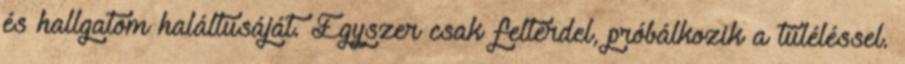
és hallgatom haláltusáját. Egyszer csak feltérdel, próbálkozik a túléléssel.